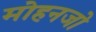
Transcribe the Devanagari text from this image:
मोहनजो